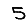
Digit: 5